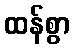
ထန်စွာ